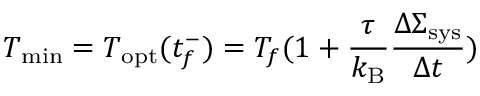
T _ { \mathrm { m i n } } = T _ { \mathrm { o p t } } ( t _ { f } ^ { - } ) = T _ { f } ( 1 + \frac { \tau } { k _ { \mathrm { B } } } \frac { \Delta \Sigma _ { \mathrm { s y s } } } { \Delta t } )